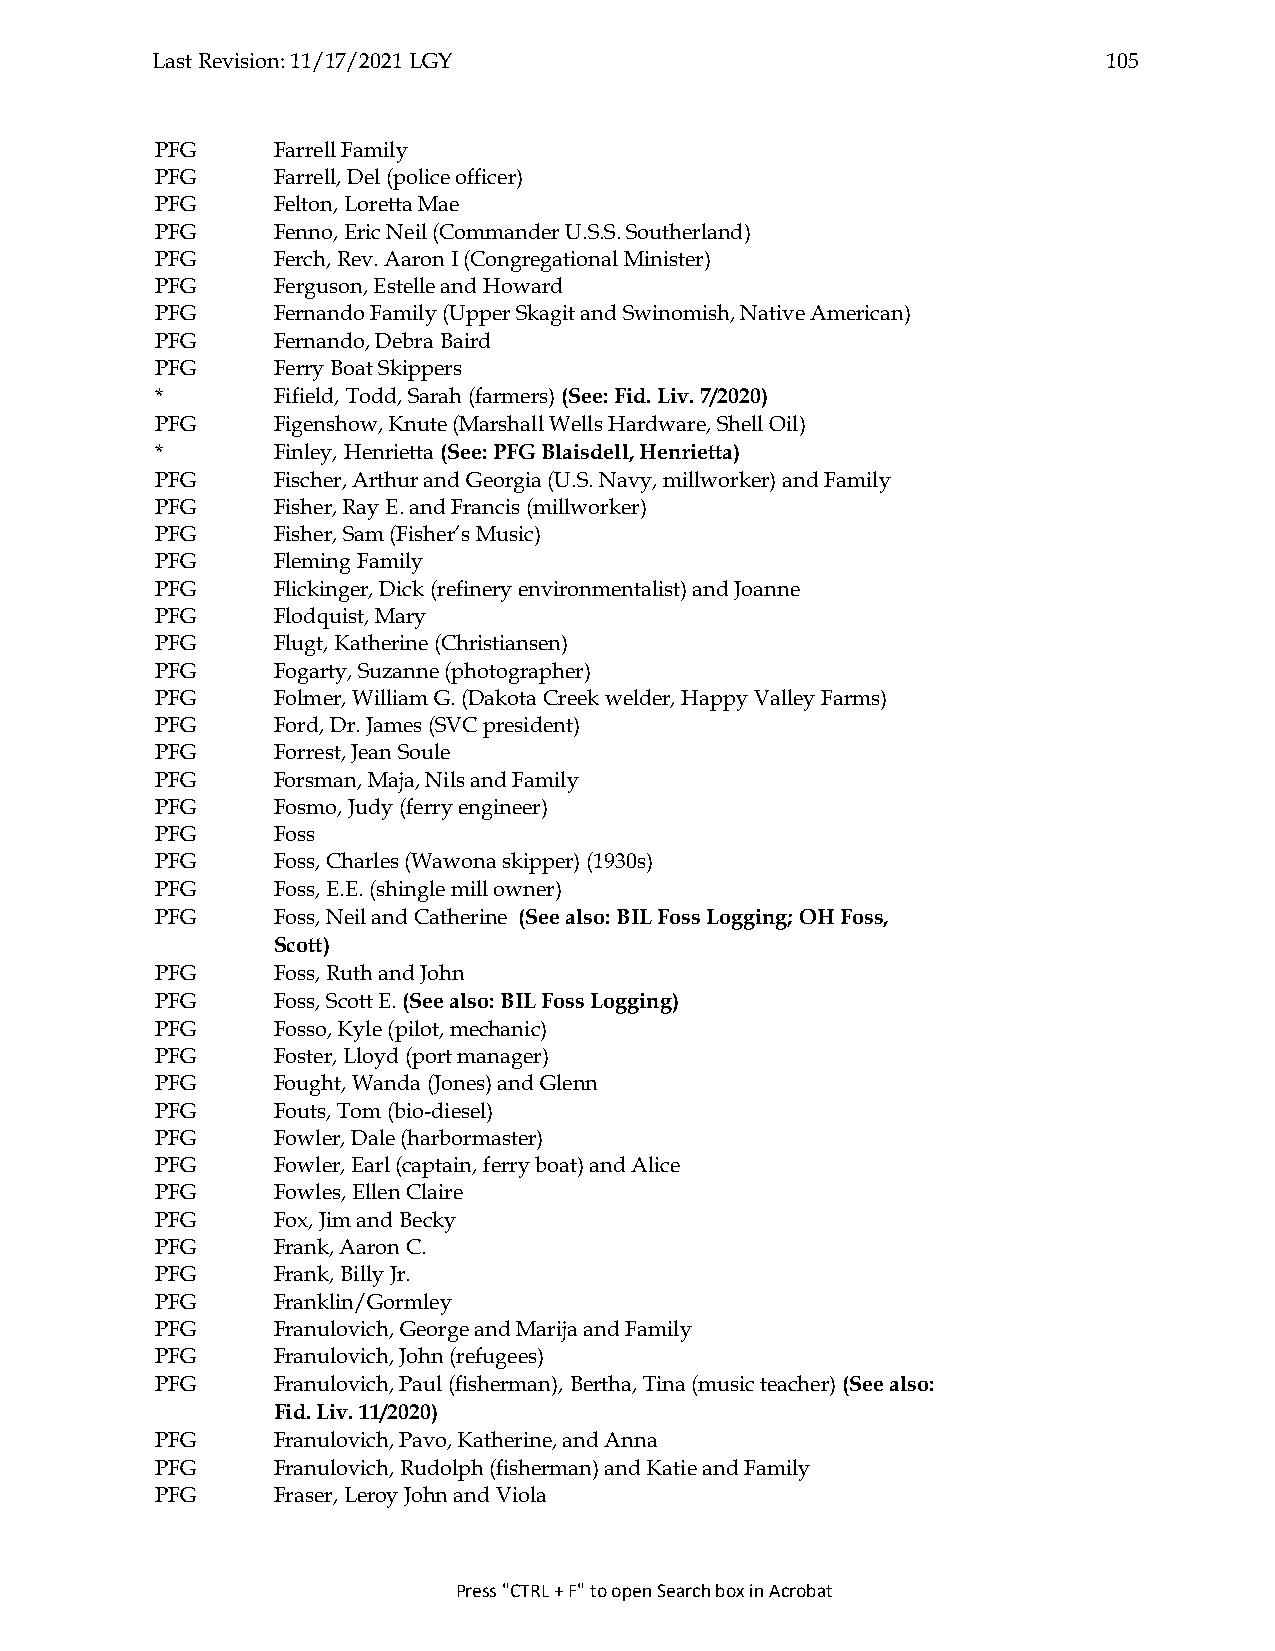
Last Revision: 11/17/2021 LGY                                  105
 PFG     Farrell Family
 PFG     Farrell, Del (police officer)
 PFG     Felton, Loretta Mae
 PFG     Fenno, Eric Neil (Commander U.S.S. Southerland)
 PFG     Ferch, Rev. Aaron I (Congregational Minister)
 PFG     Ferguson, Estelle and Howard
 PFG     Fernando Family (Upper Skagit and Swinomish, Native American)
 PFG     Fernando, Debra Baird
 PFG     Ferry Boat Skippers
 *       Fifield, Todd, Sarah (farmers) (See: Fid. Liv. 7/2020)
 PFG     Figenshow, Knute (Marshall Wells Hardware, Shell Oil)
 *       Finley, Henrietta (See: PFG Blaisdell, Henrietta)
 PFG     Fischer, Arthur and Georgia (U.S. Navy, millworker) and Family
 PFG     Fisher, Ray E. and Francis (millworker)
 PFG     Fisher, Sam (Fisher’s Music)
 PFG     Fleming Family
 PFG     Flickinger, Dick (refinery environmentalist) and Joanne
 PFG     Flodquist, Mary
 PFG     Flugt, Katherine (Christiansen)
 PFG     Fogarty, Suzanne (photographer)
 PFG     Folmer, William G. (Dakota Creek welder, Happy Valley Farms)
 PFG     Ford, Dr. James (SVC president)
 PFG     Forrest, Jean Soule
 PFG     Forsman, Maja, Nils and Family
 PFG     Fosmo, Judy (ferry engineer)
 PFG     Foss
 PFG     Foss, Charles (Wawona skipper) (1930s)
 PFG     Foss, E.E. (shingle mill owner)
 PFG     Foss, Neil and Catherine (See also: BIL Foss Logging; OH Foss,
 Scott)
 PFG     Foss, Ruth and John
 PFG     Foss, Scott E. (See also: BIL Foss Logging)
 PFG     Fosso, Kyle (pilot, mechanic)
 PFG     Foster, Lloyd (port manager)
 PFG     Fought, Wanda (Jones) and Glenn
 PFG     Fouts, Tom (bio-diesel)
 PFG     Fowler, Dale (harbormaster)
 PFG     Fowler, Earl (captain, ferry boat) and Alice
 PFG     Fowles, Ellen Claire
 PFG     Fox, Jim and Becky
 PFG     Frank, Aaron C.
 PFG     Frank, Billy Jr.
 PFG     Franklin/Gormley
 PFG     Franulovich, George and Marija and Family
 PFG     Franulovich, John (refugees)
 PFG     Franulovich, Paul (fisherman), Bertha, Tina (music teacher) (See also:
 Fid. Liv. 11/2020)
 PFG     Franulovich, Pavo, Katherine, and Anna
 PFG     Franulovich, Rudolph (fisherman) and Katie and Family
 PFG     Fraser, Leroy John and Viola
 Press "CTRL + F" to open Search box in Acrobat